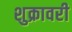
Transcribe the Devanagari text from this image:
शुक्रावरी